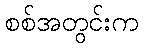
စစ်အတွင်းက